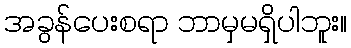
အခွန်ပေးစရာ ဘာမှမရှိပါဘူး။